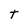
Character: T